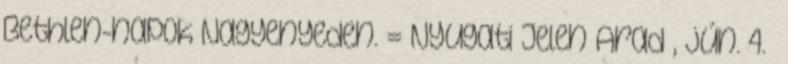
Bethlen-napok Nagyenyeden. = Nyugati Jelen Arad , jún. 4.